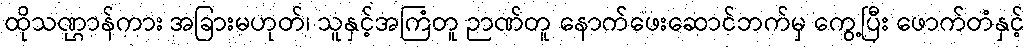
ထိုသဏ္ဌာန်ကား အခြားမဟုတ်၊ သူနှင့်အကြံတူ ဉာဏ်တူ နောက်ဖေးဆောင်ဘက်မှ ကွေ့ပြီး ဖောက်တံနှင့်